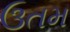
ઉતમ